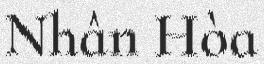
Nhân Hòa